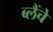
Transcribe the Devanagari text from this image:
ब्लैंचे